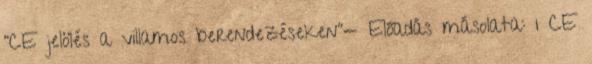
"CE jelölés a villamos berendezéseken"— Előadás másolata: 1 CE